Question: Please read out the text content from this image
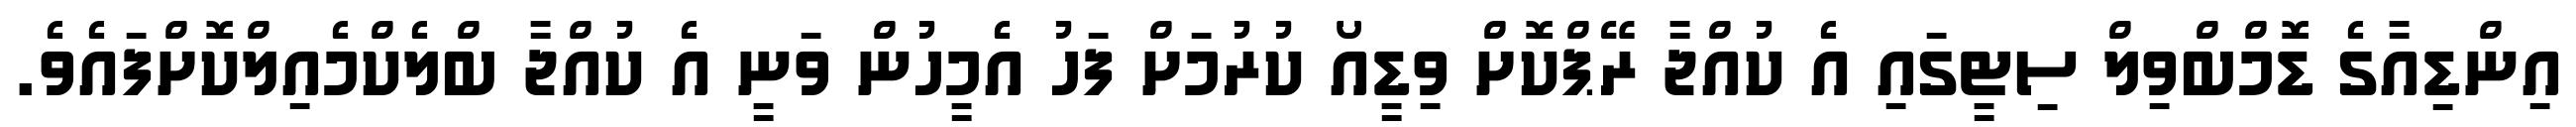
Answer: އިންޑިއާގެ ޑޮމްބްވިލް ސިޓީގައި އެ ކުއްޖާ ރޭޕްކޮށް ވިޑީއޯ ކުރުމަށް ފަހު އެމީހުން ވަނީ އެ ކުއްޖާ ބްލެކްމެއިލްކޮށްފައެވެ.